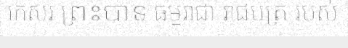
កេសរ ព្រះបាទ ធម្មរាជា រាជបត្រ របស់